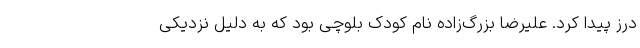
درز پیدا کرد. علیرضا بزرگ‌زاده نام کودک بلوچی بود که به دلیل نزدیکی